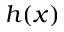
h ( x )